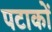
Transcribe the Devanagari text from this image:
पटाकों